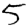
Digit: 5